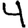
Digit: 4